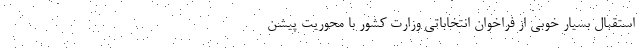
استقبال بسیار خوبی از فراخوان انتخاباتی وزارت کشور با محوریت پیشن